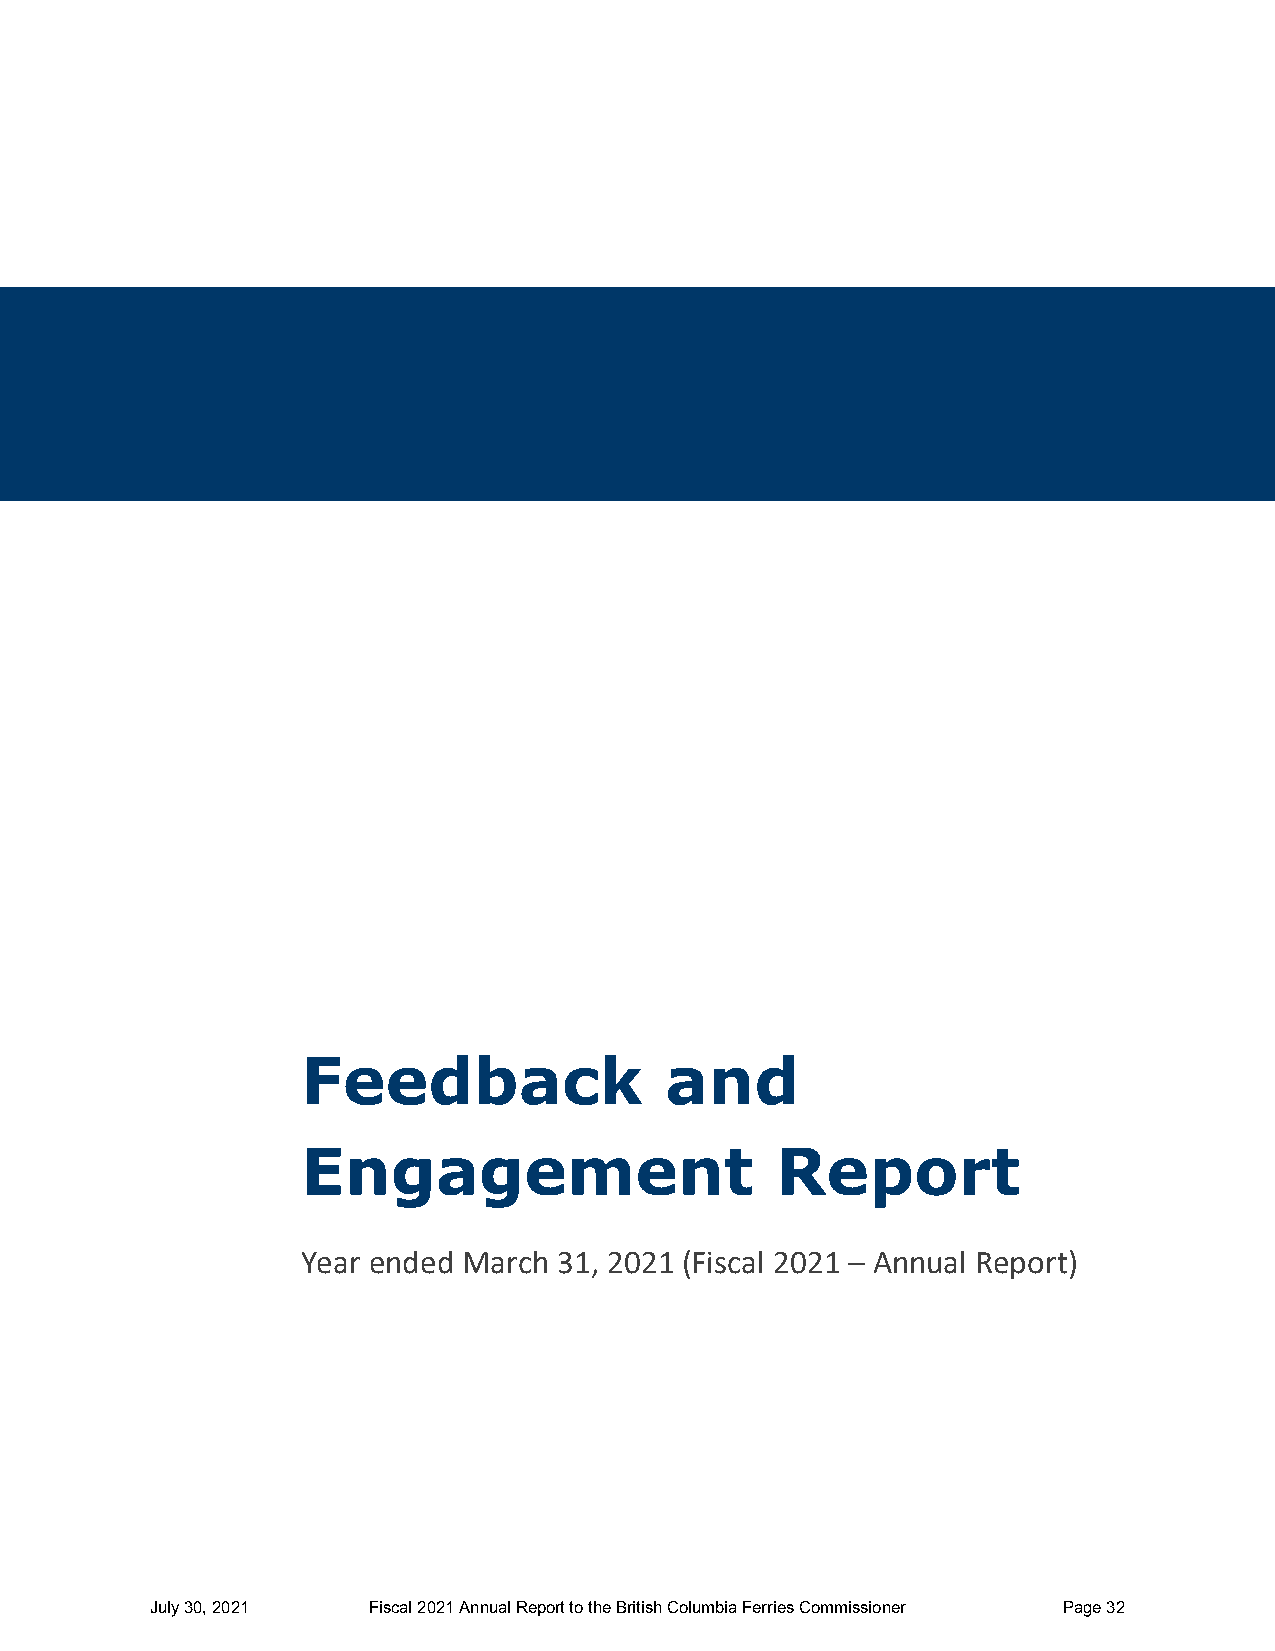
Feedback                and
 Engagement                     Report
 Year ended March 31, 2021 (Fiscal 2021 – Annual Report)
 July 30, 2021 Fiscal 2021 Annual Report to the British Columbia Ferries Commissioner Page 32